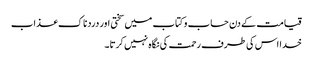
قیامت کے دن حساب و کتاب میں سختی اور دردناک عذاب
خدا اس کی طرف رحمت کی نگاہ نہیں کرتا۔